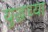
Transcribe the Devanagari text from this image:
युद्धच्या